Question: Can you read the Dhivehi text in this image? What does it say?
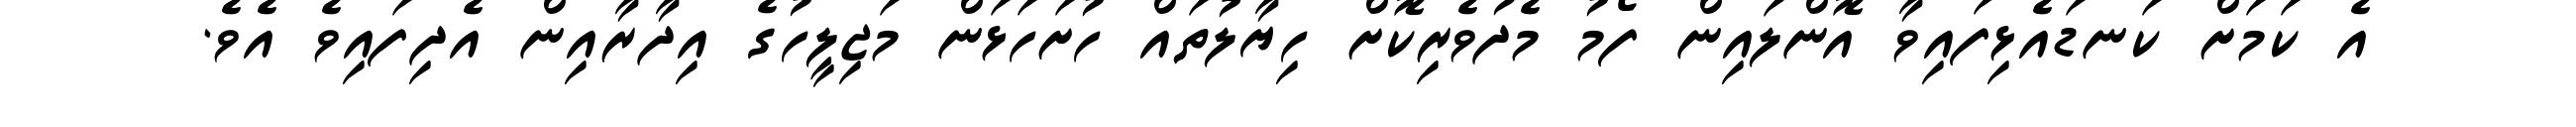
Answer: އެ ކަމަށް ކަނޑައެޅިފައިވާ އޮންލައިން ފޯމު މެދުވެރިކޮށް ހިޔާލުތައް ހުށަހަޅަން މަޖިލީހުގެ އިދާރާއިން އެދިފައިވެ އެވެ.